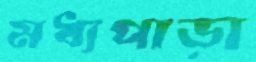
মধ্যপাড়া